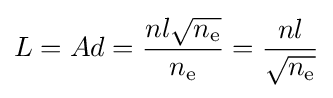
L=Ad={\dfrac {nl{\sqrt {n_{\text{e}}}}}{n_{\text{e}}}}={\dfrac {nl}{\sqrt {n_{\text{e}}}}}